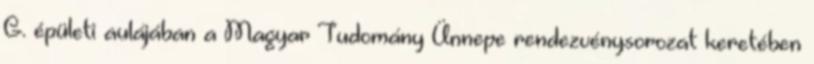
G. épületi aulájában a Magyar Tudomány Ünnepe rendezvénysorozat keretében